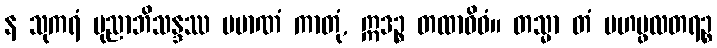
န သုကရံ ပုညာဘိသန္ဒဿ ပမာဏံ ကာတုံ, ဣဒဉ္စ တထာဝိဓံ။ တသ္မာ တံ မဟပ္ဖလတရဉ္စ